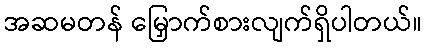
အဆမတန် မြှောက်စားလျက်ရှိပါတယ်။